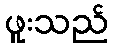
ဖူးသည်